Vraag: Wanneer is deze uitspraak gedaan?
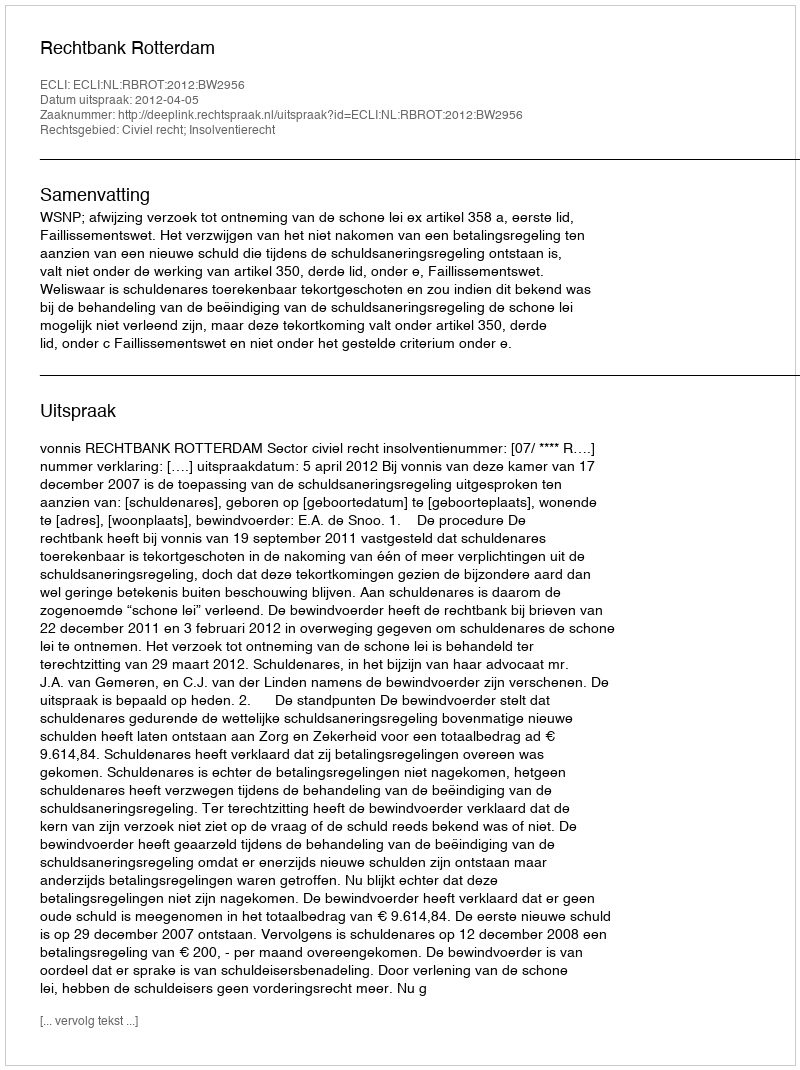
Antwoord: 2012-04-05